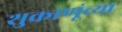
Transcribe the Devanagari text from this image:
शुक्राणूंच्या